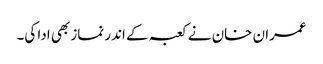
عمران خان نے کعبہ کے اندر نماز بھی ادا کی۔